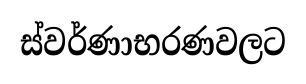
ස්වර්ණාභරණවලට